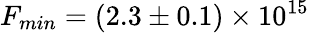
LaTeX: F_{min}=(2.3\pm 0.1)\times 10^{15}